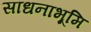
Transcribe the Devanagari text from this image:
साधनाभूमि